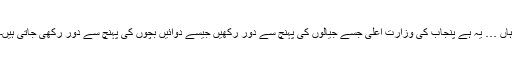
ہاں … یہ ہے پنجاب کی وزارت اعلیٰ جسے جیالوں کی پہنچ سے دور رکھیں جیسے دوائیں بچوں کی پہنچ سے دور رکھی جاتی ہیں۔